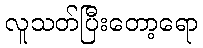
လူသတ်ပြီးတော့ရော